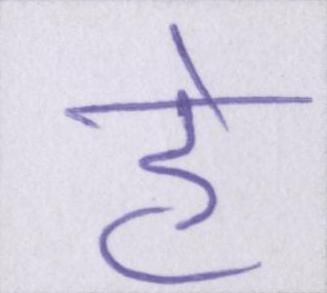
हे